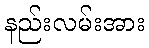
နည်းလမ်းအား